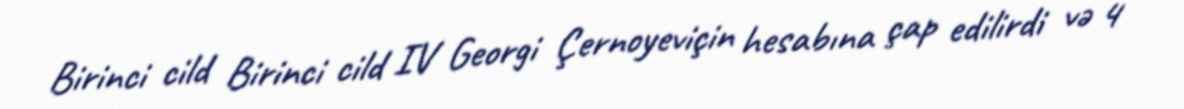
Birinci cild Birinci cild IV Georgi Çernoyeviçin hesabına çap edilirdi və 4